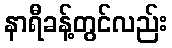
နာရီခန့်တွင်လည်း